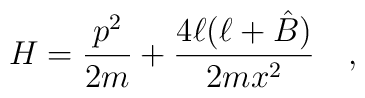
H= {p^2\over 2m} + {4\ell(\ell + \hat B)\over 2mx^2} \quad,